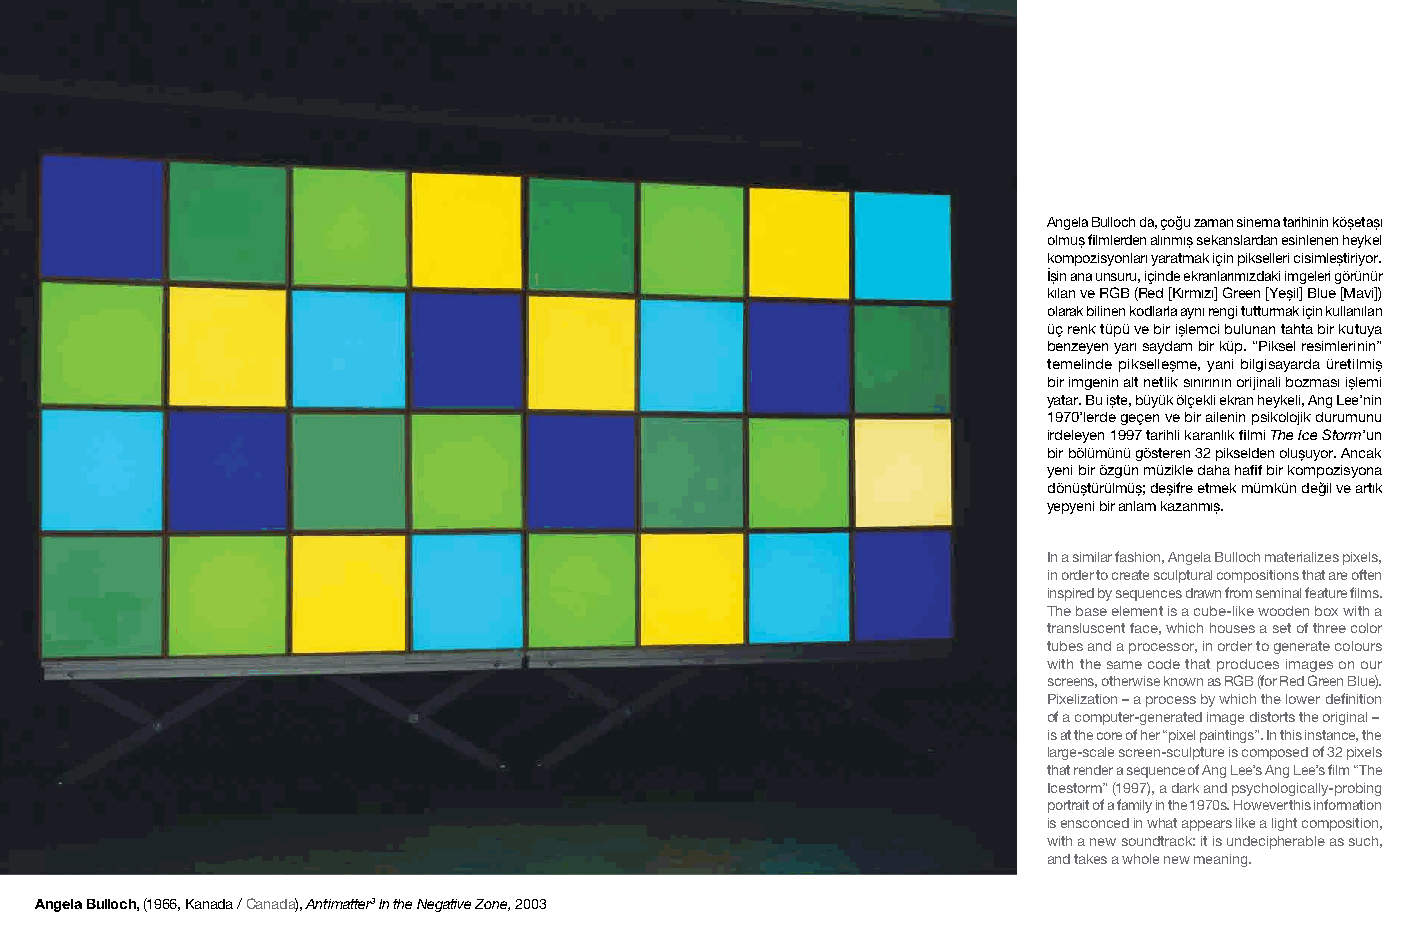
Angela Bulloch da, çoğu zaman sinema tarihinin köşetaşı
 olmuş filmlerden alınmış sekanslardan esinlenen heykel
 kompozisyonları yaratmak için pikselleri cisimleştiriyor.
 İşin ana unsuru, içinde ekranlarımızdaki imgeleri görünür
 kılan ve RGB (Red [Kırmızı] Green [Yeşil] Blue [Mavi])
 olarak bilinen kodlarla aynı rengi tutturmak için kullanılan
 üç renk tüpü ve bir işlemci bulunan tahta bir kutuya
 benzeyen yarı saydam bir küp. “Piksel resimlerinin”
 temelinde pikselleşme, yani bilgisayarda üretilmiş
 bir imgenin alt netlik sınırının orijinali bozması işlemi
 yatar. Bu işte, büyük ölçekli ekran heykeli, Ang Lee’nin
 1970’lerde geçen ve bir ailenin psikolojik durumunu
 irdeleyen 1997 tarihli karanlık filmi The Ice Storm’un
 bir bölümünü gösteren 32 pikselden oluşuyor. Ancak
 yeni bir özgün müzikle daha hafif bir kompozisyona
 dönüştürülmüş; deşifre etmek mümkün değil ve artık
 yepyeni bir anlam kazanmış.
 In a similar fashion, Angela Bulloch materializes pixels,
 in order to create sculptural compositions that are often
 inspired by sequences drawn from seminal feature films.
 The base element is a cube-like wooden box with a
 transluscent face, which houses a set of three color
 tubes and a processor, in order to generate colours
 with the same code that produces images on our
 screens, otherwise known as RGB (for Red Green Blue).
 Pixelization – a process by which the lower definition
 of a computer-generated image distorts the original –
 is at the core of her “pixel paintings”. In this instance, the
 large-scale screen-sculpture is composed of 32 pixels
 that render a sequence of Ang Lee’s Ang Lee’s film “The
 Icestorm” (1997), a dark and psychologically-probing
 portrait of a family in the 1970s. However this information
 is ensconced in what appears like a light composition,
 with a new soundtrack: it is undecipherable as such,
 and takes a whole new meaning.
 Angela Bulloch, (1966, Kanada / Canada), Antimatter3 In the Negative Zone, 2003